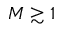
M \gtrsim 1